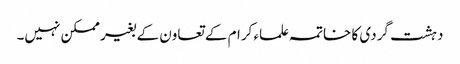
دہشت گردی کا خاتمہ علماء کرام کے تعاون کے بغیر ممکن نہیں۔